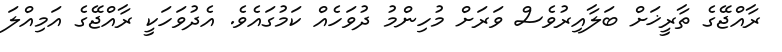
ރާއްޖޭގެ ތާރީޚަށް ބަލާއިރުވެސް ވަރަށް މުހިންމު ދުވަހެއް ކަމުގައެވެ. އެދުވަހަކީ ރާއްޖޭގެ އަމިއްލަ